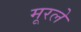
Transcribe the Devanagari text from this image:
मूरले